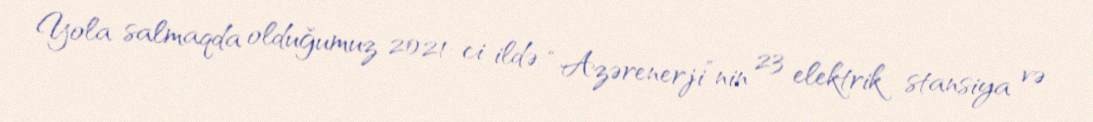
Yola salmaqda olduğumuz 2021-ci ildə “Azərenerji”nin 23 elektrik stansiya və